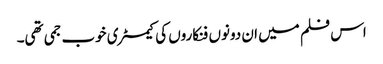
اس فلم میں ان دونوں فنکاروں کی کیمسٹری خوب جمی تھی۔